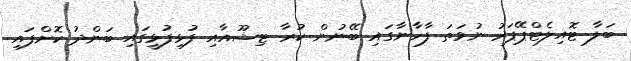
ބަލާ ޓޮއިލެޓްޕޭޕަރު ނުވަތަ ފާހާނާގައި ބޭނުން ކުރާ ޓިޝޫއާއި ފުޅިފުޅީގައި ބަންދު ކޮށްފައި